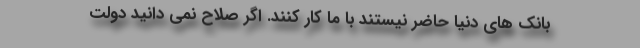
بانک های دنیا حاضر نیستند با ما کار کنند. اگر صلاح نمی دانید دولت